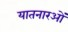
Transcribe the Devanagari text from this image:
यातनारओं